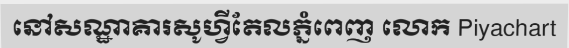
នៅសណ្ឋាគារសូហ្វីតែលភ្នំពេញ លោក Piyachart